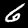
Label: 6